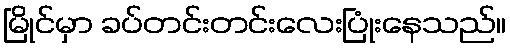
မြိုင်မှာ ခပ်တင်းတင်းလေးပြုံးနေသည်။